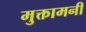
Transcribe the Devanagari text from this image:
मुक्तामनी